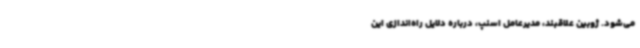
می‌شود. ژوبین علاقبند، مدیرعامل اسنپ، درباره دلایل راه‌اندازی این